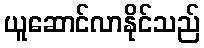
ယူဆောင်လာနိုင်သည်